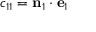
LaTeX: c _ { 1 1 } = \mathbf { n } _ { 1 } \cdot \mathbf { e } _ { 1 }